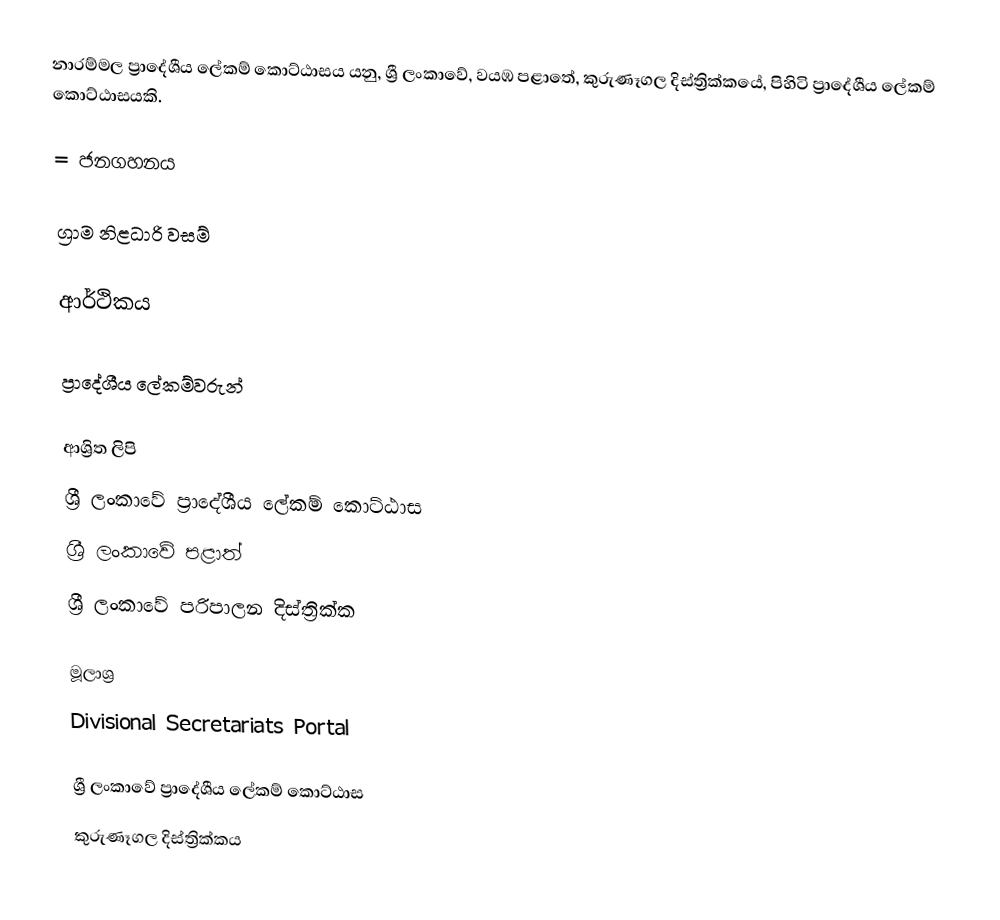
නාරම්මල ප්‍රාදේශීය ලේකම් කොට්ඨාසය යනු,  ශ්‍රී ලංකාවේ, වයඹ පළාතේ,   කුරුණෑගල දිස්ත්‍රික්කයේ, පිහිටි ප්‍රාදේශීය ලේකම් කොට්ඨාසයකි.

= ජනගහනය

ග්‍රාම නිළධාරි වසම්

ආර්ථිකය

ප්‍රාදේශීය ලේකම්වරුන්

ආශ්‍රිත ලිපි
ශ්‍රී ලංකාවේ ප්‍රාදේශීය ලේකම් කොට්ඨාස
ශ්‍රී ලංකාවේ පළාත්
ශ්‍රී ලංකාවේ පරිපාලන දිස්ත්‍රික්ක

මූලාශ්‍ර
 Divisional Secretariats Portal

ශ්‍රී ලංකාවේ ප්‍රාදේශීය ලේකම් කොට්ඨාස
කුරුණෑගල දිස්ත්‍රික්කය